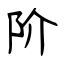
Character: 阶